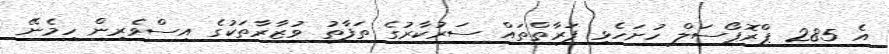
އެ 285 ޕްރޮޕޯސަލް ހުށަހެޅި ފަރާތްތައް ސަރުކާރުގެ ތަފާތު ވުޒާރާތަކުގެ އިސްވެރިން ހިމެނޭ